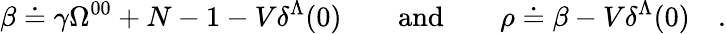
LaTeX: \beta\doteq\gamma\Omega^{00}+N-1-V\delta^{\Lambda}(0)\qquad\mathrm{and}\qquad\rho\doteq\beta-V\delta^{\Lambda}(0)\quad.